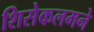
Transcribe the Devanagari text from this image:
शिसेकलमने